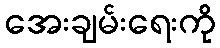
အေးချမ်းရေးကို